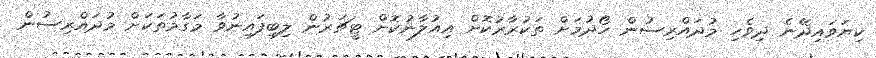
ކިޔަވައިދޭނެ ދިވެހި މުދައްރިސުން ހޯދުމަށް ތަކުރާރުކޮށް އިއުލާނުކޮށް ޓީޗަރުން ލިބިފައިނުވާ މަގާމުތަކަށް މުދައްރިސުން